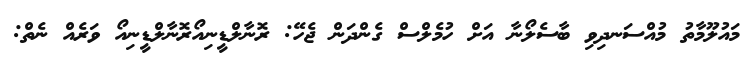
މައުލޫމާތު މުއްސަނދިވި ބާސެލޯނާ އަށް ހުމެލްސް ގެންދަން ޖެހޭ: ރޮނާލްޑީނިއޯރޮނާލްޑީނިއޯ ވަރެއް ނެތް: